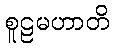
စူဠမဟာတိ